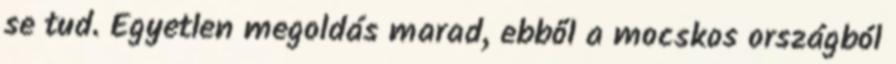
se tud. Egyetlen megoldás marad, ebből a mocskos országból